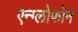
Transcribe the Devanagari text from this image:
एन्ग्लोफोन